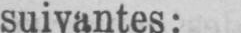
suivantes: